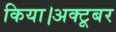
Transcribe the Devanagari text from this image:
किया।अक्टूबर